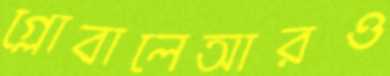
গ্লোবালেআরও